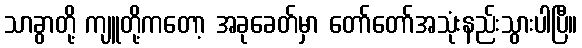
သာခွာတို့ ကျူတို့ကတော့ အခုခေတ်မှာ တော်တော်အသုံးနည်းသွားပါပြီ။